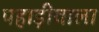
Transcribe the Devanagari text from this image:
पहाड़ीवाला